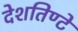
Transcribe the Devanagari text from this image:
देशतिण्टे